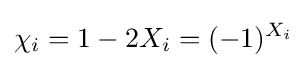
\chi _{i}=1-2X_{i}=(-1)^{X_{i}}